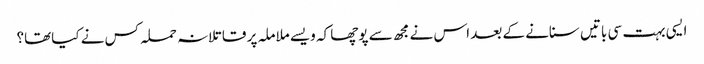
ایسی بہت سی باتیں سنانے کے بعد اس نے مجھ سے پوچھا کہ ویسے ملاملہ پر قاتلانہ حملہ کس نے کیاتھا؟